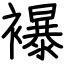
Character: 襮